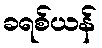
ခရစ်ယန်